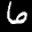
Label: 6